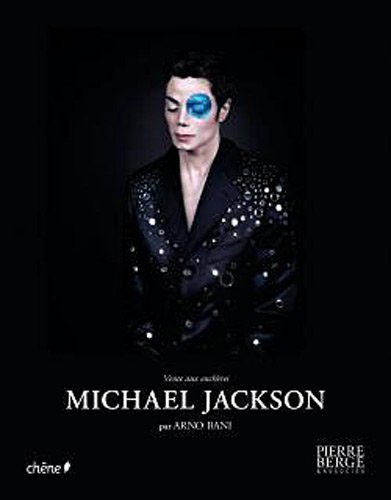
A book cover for Michael Jackson: Auction; Arno Bani; Crafts, Hobbies & Home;